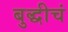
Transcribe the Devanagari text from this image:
बुद्धीचं